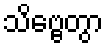
သိဗ္ဗေတွာ